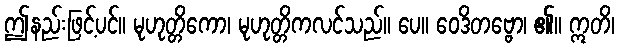
ဤနည်းဖြင့်ပင်။ မုဟုတ္တိကော၊ မုဟုတ္တိကလင်သည်။ ပေ။ ဝေဒိတဗ္ဗော၊ ၏။ ဣတိ၊